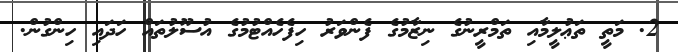
2. މަތީ ތަޢުލީމާއި ތަމްރީނުގެ ނިޒާމުގެ ފެންވަރު ހިފެހެއްޓުމުގެ އުސޫލުތައް ހަދައި ހިންގުން.